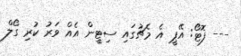
--- ފޮޓޯ: އޭޕީ އެ މެޗުގައި ސިޓީން އެއް ވަރު ކުރި ގޯލް